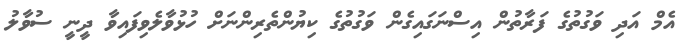
އެމް އަދި ވަގުތުގެ ފަރާތުން އިސްނަގައިގެން ވަގުތުގެ ކިޔުންތެރިންނަށް ހުޅުވާލެވިފައިވާ ދީނީ ސުވާލު